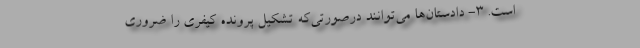
است. ۳- دادستان‌ها می‌توانند درصورتی‌که تشکیل پرونده کیفری را ضروری